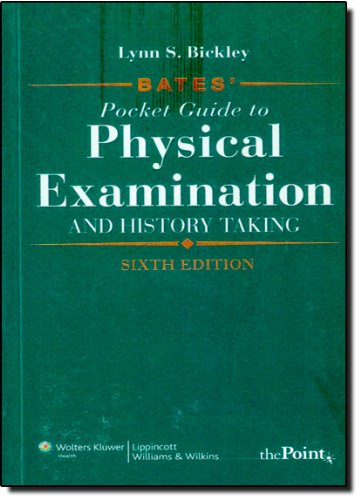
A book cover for Bates' Pocket Guide to Physical Examination and History Taking; Lynn S. Bickley MD; Medical Books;